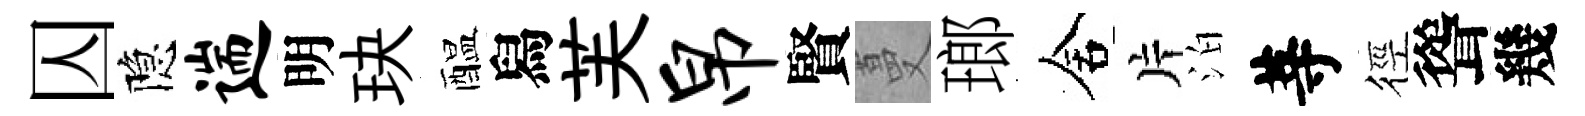
囚隐遄明玦醖舄芙帛賢蔓瑯舍片泊䓁徑聳幾